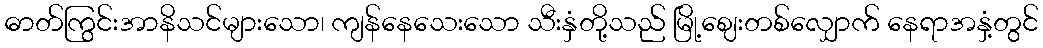
ဓာတ်ကြွင်းအာနိသင်များသော၊ ကျန်နေသေးသော သီးနှံတို့သည် မြို့ဈေးတစ်လျှောက် နေရာအနှံ့တွင်